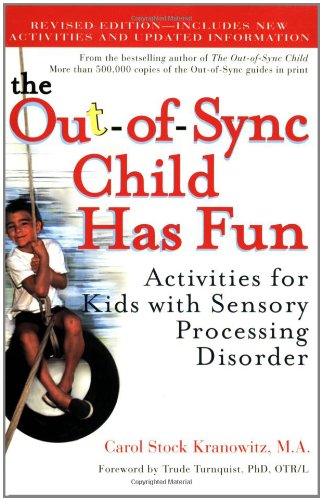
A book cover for The Out-of-Sync Child Has Fun, Revised Edition: Activities for Kids with Sensory Processing Disorder; Carol Kranowitz; Parenting & Relationships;